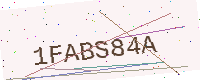
Text: 1FABS84A